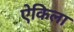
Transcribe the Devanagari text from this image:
ऐकिला